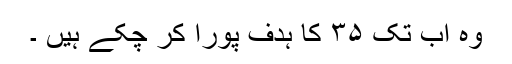
وہ اب تک ۳۵ کا ہدف پورا کر چکے ہیں ۔